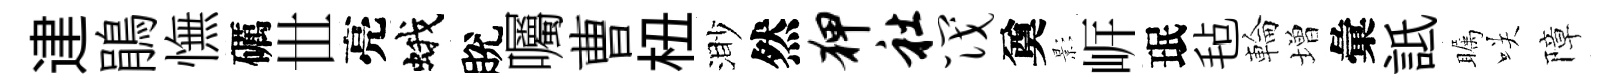
䢖鵑憮礪𠀍亮蛾脫囑曹杻渺然狎社筏奠影㟁珉毡輪増彙詆瞩咲障